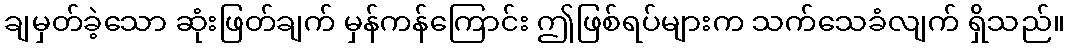
ချမှတ်ခဲ့သော ဆုံးဖြတ်ချက် မှန်ကန်ကြောင်း ဤဖြစ်ရပ်များက သက်သေခံလျက် ရှိသည်။